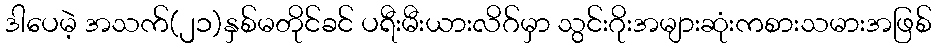
ဒါပေမဲ့ အသက်(၂၁)နှစ်မတိုင်ခင် ပရီးမီးယားလိဂ်မှာ သွင်းဂိုးအများဆုံးကစားသမားအဖြစ်